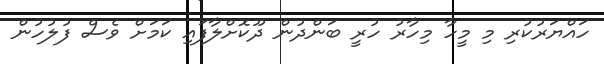
ހައްޔަރުކުރި މި މީހާ މިހާރު ހުރީ ބަންދުން ދޫކޮށްލާފައި ކަމަށް ވެސް ފުލުހުން